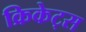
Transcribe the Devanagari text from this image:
क्रिकेट्स